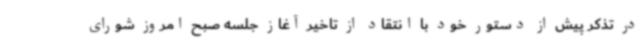
در تذکر پیش از دستور خود با انتقاد از تاخیر آغاز جلسه صبح امروز شورای